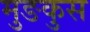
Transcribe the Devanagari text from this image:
मुङकुस